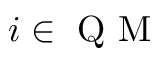
i \in \mathrm { ~ Q ~ M ~ }